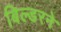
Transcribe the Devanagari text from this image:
बिल्डरने